Report on sanitation, dispensaries, and jails in Rajputana for 1919, and on vaccination for the year 1919-1920 - 1919-1920
Year: 1919
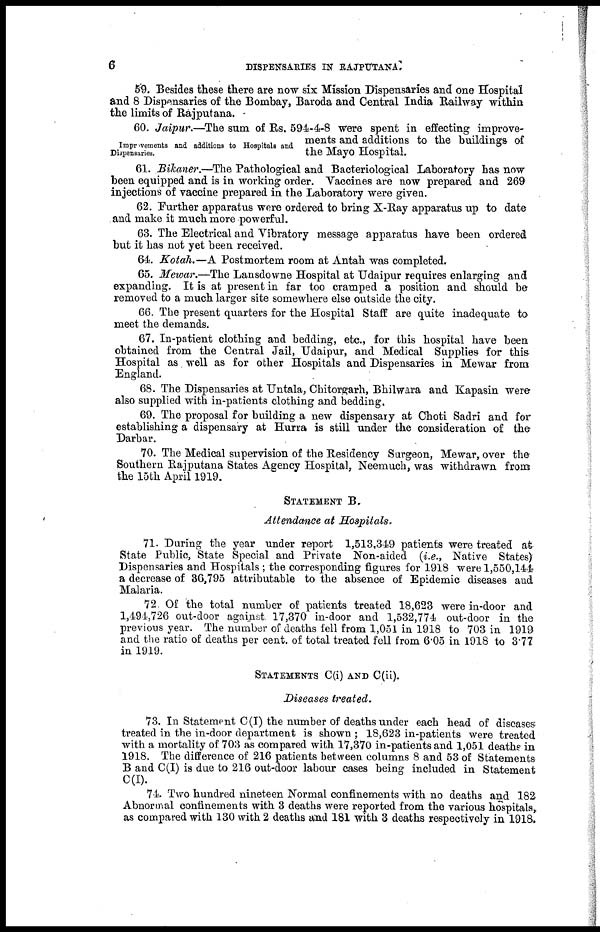
6
DISPENSARIES IN RAJPUTANA
59. Besides these there are now six Mission Dispensaries and one Hospital
and 8 Dispensaries of the Bombay, Baroda and Central India Railway within
the limits of Rajputana.
Improvements and additions to Hospitals and
Dispensaries.
60. Jaipur.—The sum of Rs, 594-4-8 were spent in effecting improve-
ments and additions to the buildings of
the Mayo Hospital.
61. Bikaner.—The Pathological and Bacteriological Laboratory has now
been equipped and is in working order. Vaccines are now prepared and 269
injections of vaccine prepared in the Laboratory were given.
62. Further apparatus were ordered to bring X-Ray apparatus up to date
and make it much more powerful.
63. The Electrical and Vibratory message apparatus have been ordered
but it has not yet been received.
64. Kotah.—A Postmortem room at Antah was completed.
65. Mewar.—The Lansdowne Hospital at Udaipur requires enlarging and
expanding. It is at present in far too cramped a position and should be
removed to a much larger site somewhere else outside the city.
66. The present quarters for the Hospital Staff are quite inadequate to
meet the demands.
67. In-patient clothing and bedding, etc., for this hospital have been
obtained from the Central Jail, Udaipur, and Medical Supplies for this
Hospital as well as for other Hospitals and Dispensaries in Mewar from
England.
68. The Dispensaries at Untala, Chitorgarh, Bhilwara and Kapasin were
also supplied with in-patients clothing and bedding.
69. The proposal for building a new dispensary at Choti Sadri and for
establishing a dispensary at Hurra is still under the consideration of the
Darbar.
70. The Medical supervision of the Residency Surgeon, Mewar, over the
Southern Rajputana States Agency Hospital, Neemuch, was withdrawn from
the 15th April 1919.
STATEMENT B.
Attendance at Hospitals.
71. During the year under report 1,513,349 patients were treated at
State Public, State Special and Private Non-aided (i.e., Native States)
Dispensaries and Hospitals ; the corresponding figures for 1918 were 1,550,144
a decrease of 36,795 attributable to the absence of Epidemic diseases and
Malaria.
72. Of the total number of patients treated 18,623 were in-door and
1,494,726 out-door against. 17,370 in-door and 1,532,774 out-door in the
previous year. The number of deaths fell from 1,051 in 1918 to 703 in 1919
and the ratio of deaths per cent. of total treated fell from 6.05 in 1918 to 377
in 1919.
STATEMENTS C(i) AND C(ii).
Diseases treated.
73. In Statement C(I) the number of deaths under each head of diseases
treated in the in-door department is shown ; 18,623 in-patients were treated
with a mortality of 703 as compared with 17,370 in-patients and 1,051 deaths in
1918. The difference of 216 patients between columns 8 and 53 of Statements
B and C(I) is due to 216 out-door labour cases being included in Statement
C(I).
74. Two hundred nineteen Normal confinements with no deaths and 182
Abnormal confinements with 3 deaths were reported from the various hospitals,
as compared with 130 with 2 deaths and 181 with 3 deaths respectively in 1918.